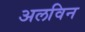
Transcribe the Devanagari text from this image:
अलविन